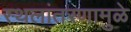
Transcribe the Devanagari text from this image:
स्थलांतरणामुळे